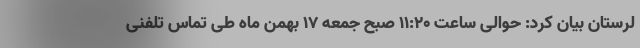
لرستان بیان کرد: حوالی ساعت ۱۱:۲۰ صبح جمعه ۱۷ بهمن ماه طی تماس تلفنی